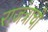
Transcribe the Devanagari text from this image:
राजंत्राची